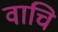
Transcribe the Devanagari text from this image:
वाचि